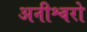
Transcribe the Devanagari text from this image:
अनीश्वरो